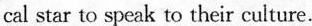
cal star to speak to their culture.